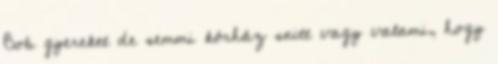
Bob gyereket de semmi kórház snitt vagy valami, hogy